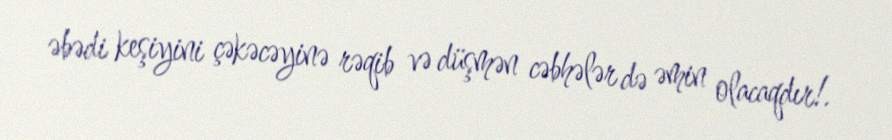
əbədi keşiyini çəkəcəyinə rəqib və düşmən cəbhələr də əmin olacaqdır!.